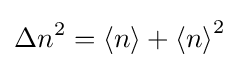
{\Delta n}^{2}=\langle n\rangle +{\langle n\rangle }^{2}